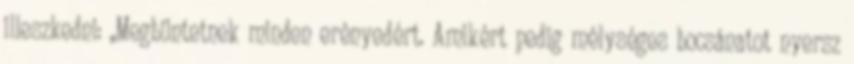
illeszkedni: „Megbüntetnek minden erényedért. Amikért pedig mélységes bocsánatot nyersz